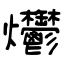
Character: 爩